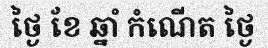
ថ្ងៃ ខែ ឆ្នាំ កំណើត ថ្ងៃ